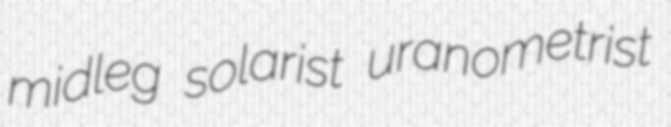
midleg solarist uranometrist